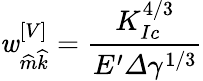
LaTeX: \mathit{w}_{\widehat{{m}}\widehat{{k}}}^{\left[V\right]}=\frac{{K_{Ic}^{4/3}}}{{E^{\prime}\varDelta\gamma^{1/3}}}